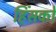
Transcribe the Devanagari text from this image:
हिंसकों